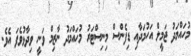
މުހައްމަދު ޖަމީލް އަހުމަދާއި ޑިފެންސް މިނިސްޓަރު މުހައްމަދު ނާޒިމް ވަނީ ވިދާޅުވެފަ އެވެ.